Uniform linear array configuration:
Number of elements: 32
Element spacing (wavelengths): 1
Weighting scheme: exponential
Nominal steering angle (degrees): -15
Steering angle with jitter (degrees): -13.022
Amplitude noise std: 0.05
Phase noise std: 0.05

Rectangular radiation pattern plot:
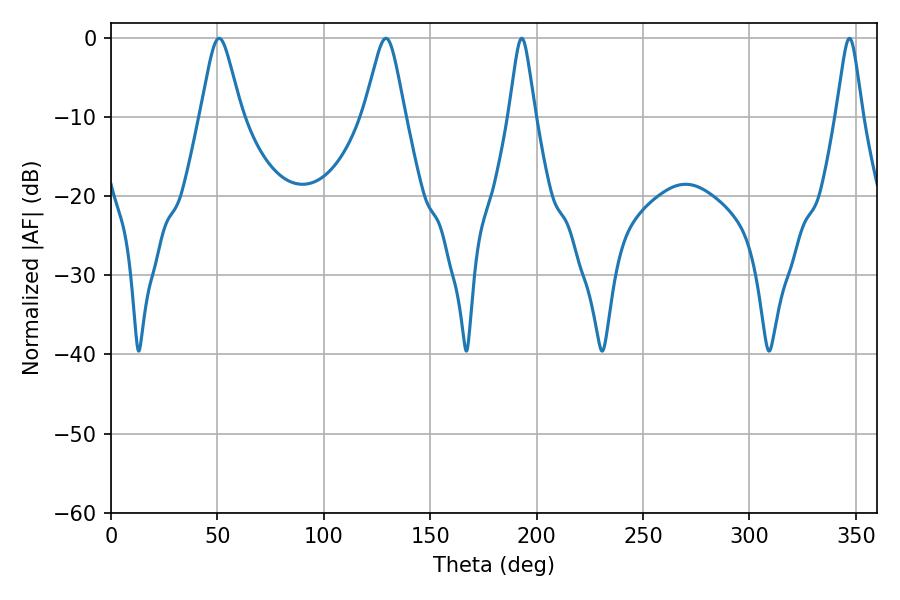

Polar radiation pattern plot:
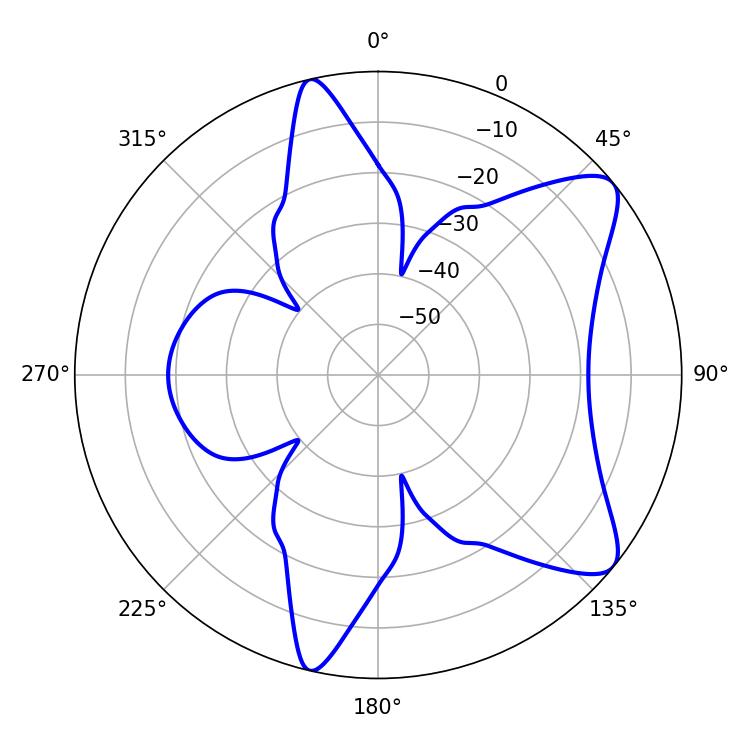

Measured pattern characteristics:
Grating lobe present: TRUE
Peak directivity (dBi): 8.931
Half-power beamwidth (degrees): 9.18
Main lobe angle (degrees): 50.76